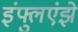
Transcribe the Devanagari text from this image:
इंफ्लुएंझे